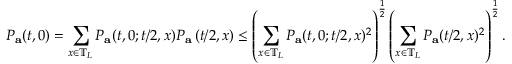
P _ { \mathbf { a } } ( t , 0 ) = \sum _ { x \in \mathbb { T } _ { L } } P _ { \mathbf { a } } ( t , 0 ; t / 2 , x ) P _ { \mathbf { a } } \left( t / 2 , x \right) \leq \left( \sum _ { x \in \mathbb { T } _ { L } } P _ { \mathbf { a } } ( t , 0 ; t / 2 , x ) ^ { 2 } \right) ^ { \frac 1 2 } \left( \sum _ { x \in \mathbb { T } _ { L } } P _ { \mathbf { a } } ( t / 2 , x ) ^ { 2 } \right) ^ { \frac 1 2 } .